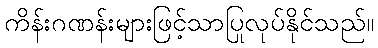
ကိန်းဂဏန်းများဖြင့်သာပြုလုပ်နိုင်သည်။